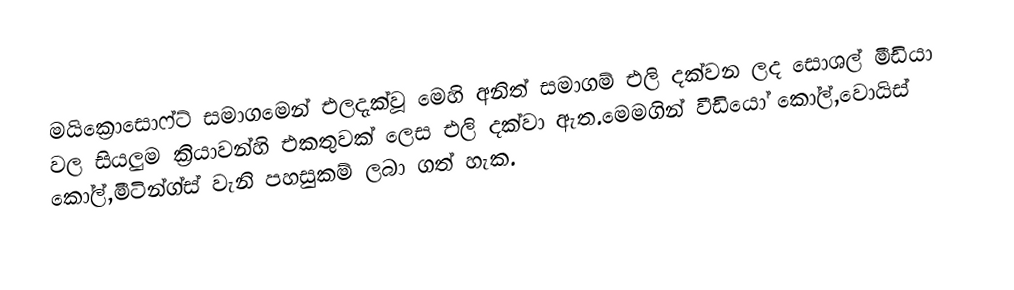
මයික්‍රොසොෆ්ට් සමාගමෙන් එලදැක්වූ මෙහි අනිත් සමාගම් එලි දක්වන ලද සොශල් මීඩියා වල සියලුම ක්‍රියාවන්හි එකතුවක් ලෙස එලි දක්වා ඇත.මෙමගින් වීඩියෝ කෝල්,වොයිස් කෝල්,මීටින්ග්ස් වැනි පහසුකම් ලබා ගත් හැක.